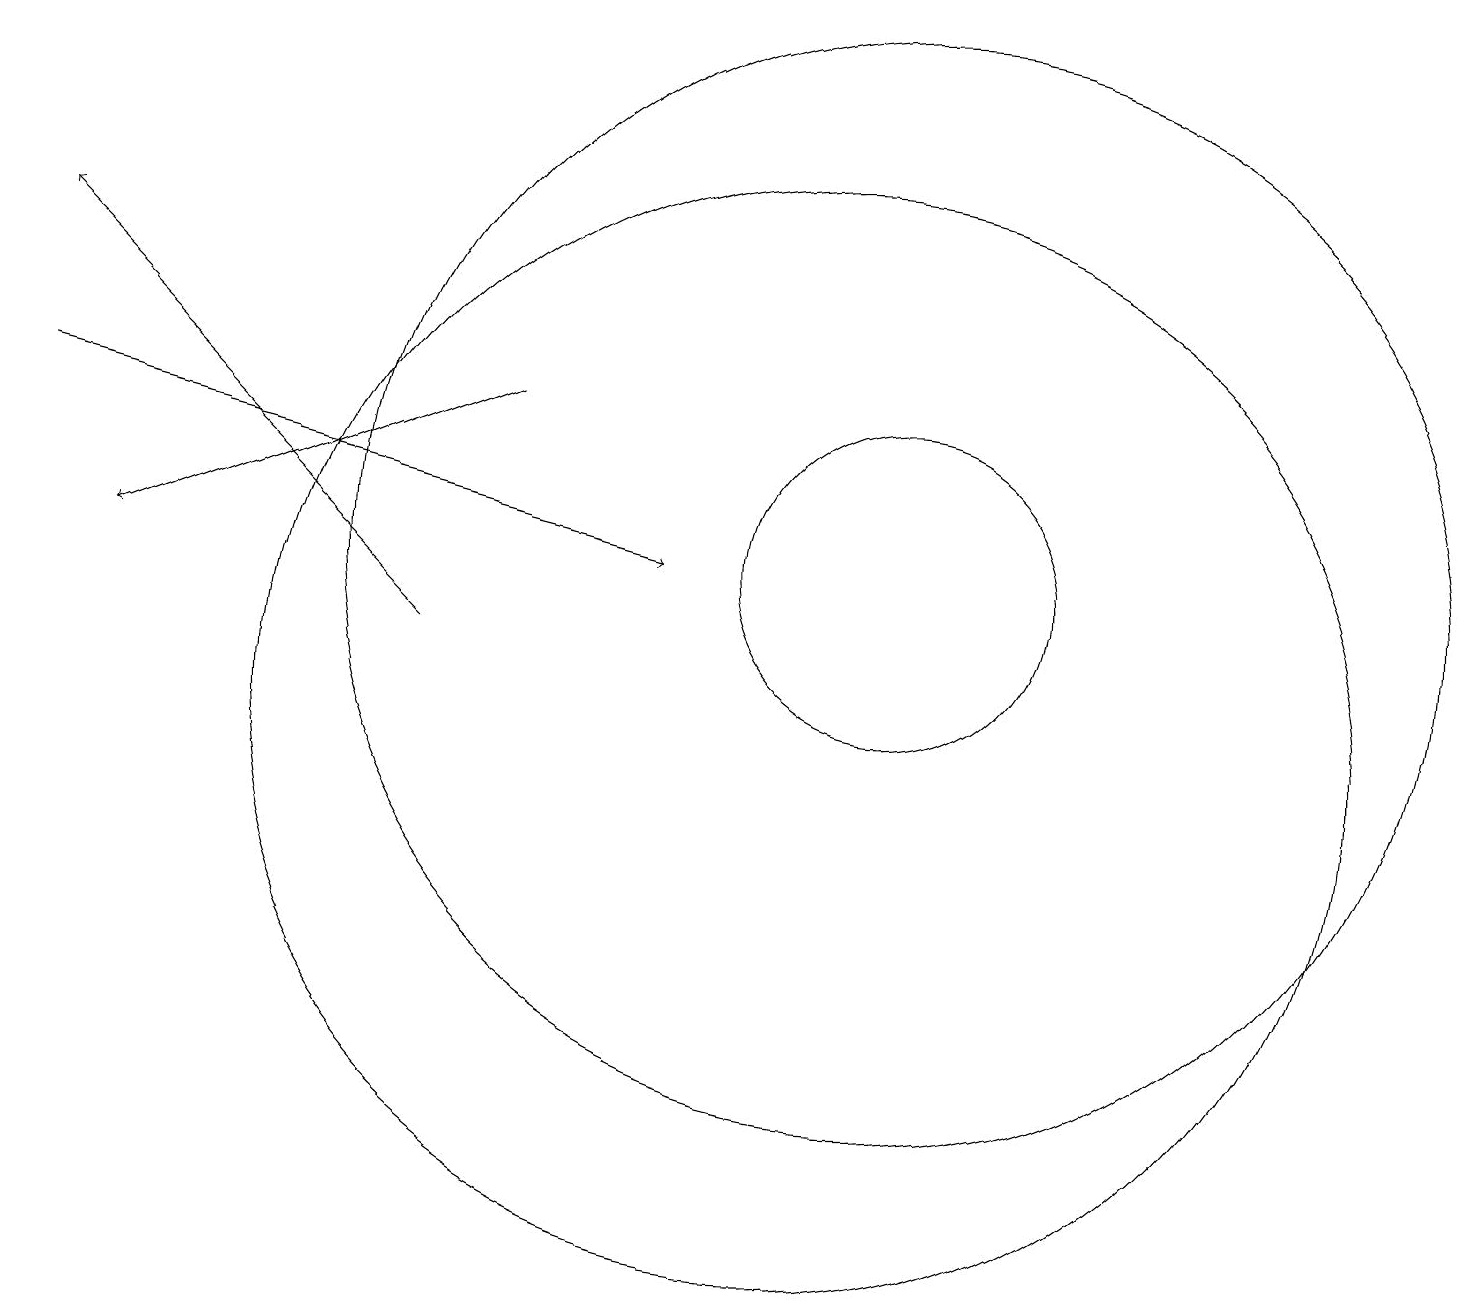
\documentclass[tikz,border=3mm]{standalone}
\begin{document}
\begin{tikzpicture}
\draw[->] (6,14) -- (1,12);
\draw (11,12) circle (2);
\draw[->] (0,14) -- (8,12);
\draw (11,12) circle (7);
\draw (10,10) circle (7);
\draw[->] (5,11) -- (0,16);
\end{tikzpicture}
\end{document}